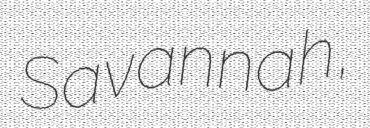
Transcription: Savannah,